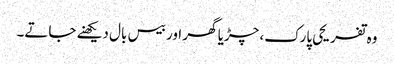
وہ تفریحی پارک، چڑیا گھر اور بیس بال دیکھنے جاتے۔